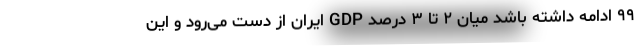
۹۹ ادامه داشته باشد میان ۲ تا ۳ درصد GDP ایران از دست می‌رود و این